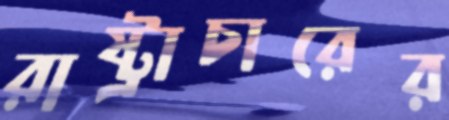
রাষ্ট্রাচারের